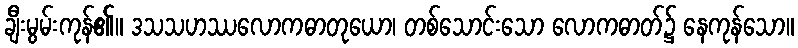
ချီးမွမ်းကုန်၏။ ဒသသဟဿလောကဓာတုယော၊ တစ်သောင်းသော လောကဓာတ်၌ နေကုန်သော။